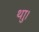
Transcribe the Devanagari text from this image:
थाु।